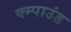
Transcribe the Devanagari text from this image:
क्म्पाउंड